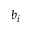
b _ { i }